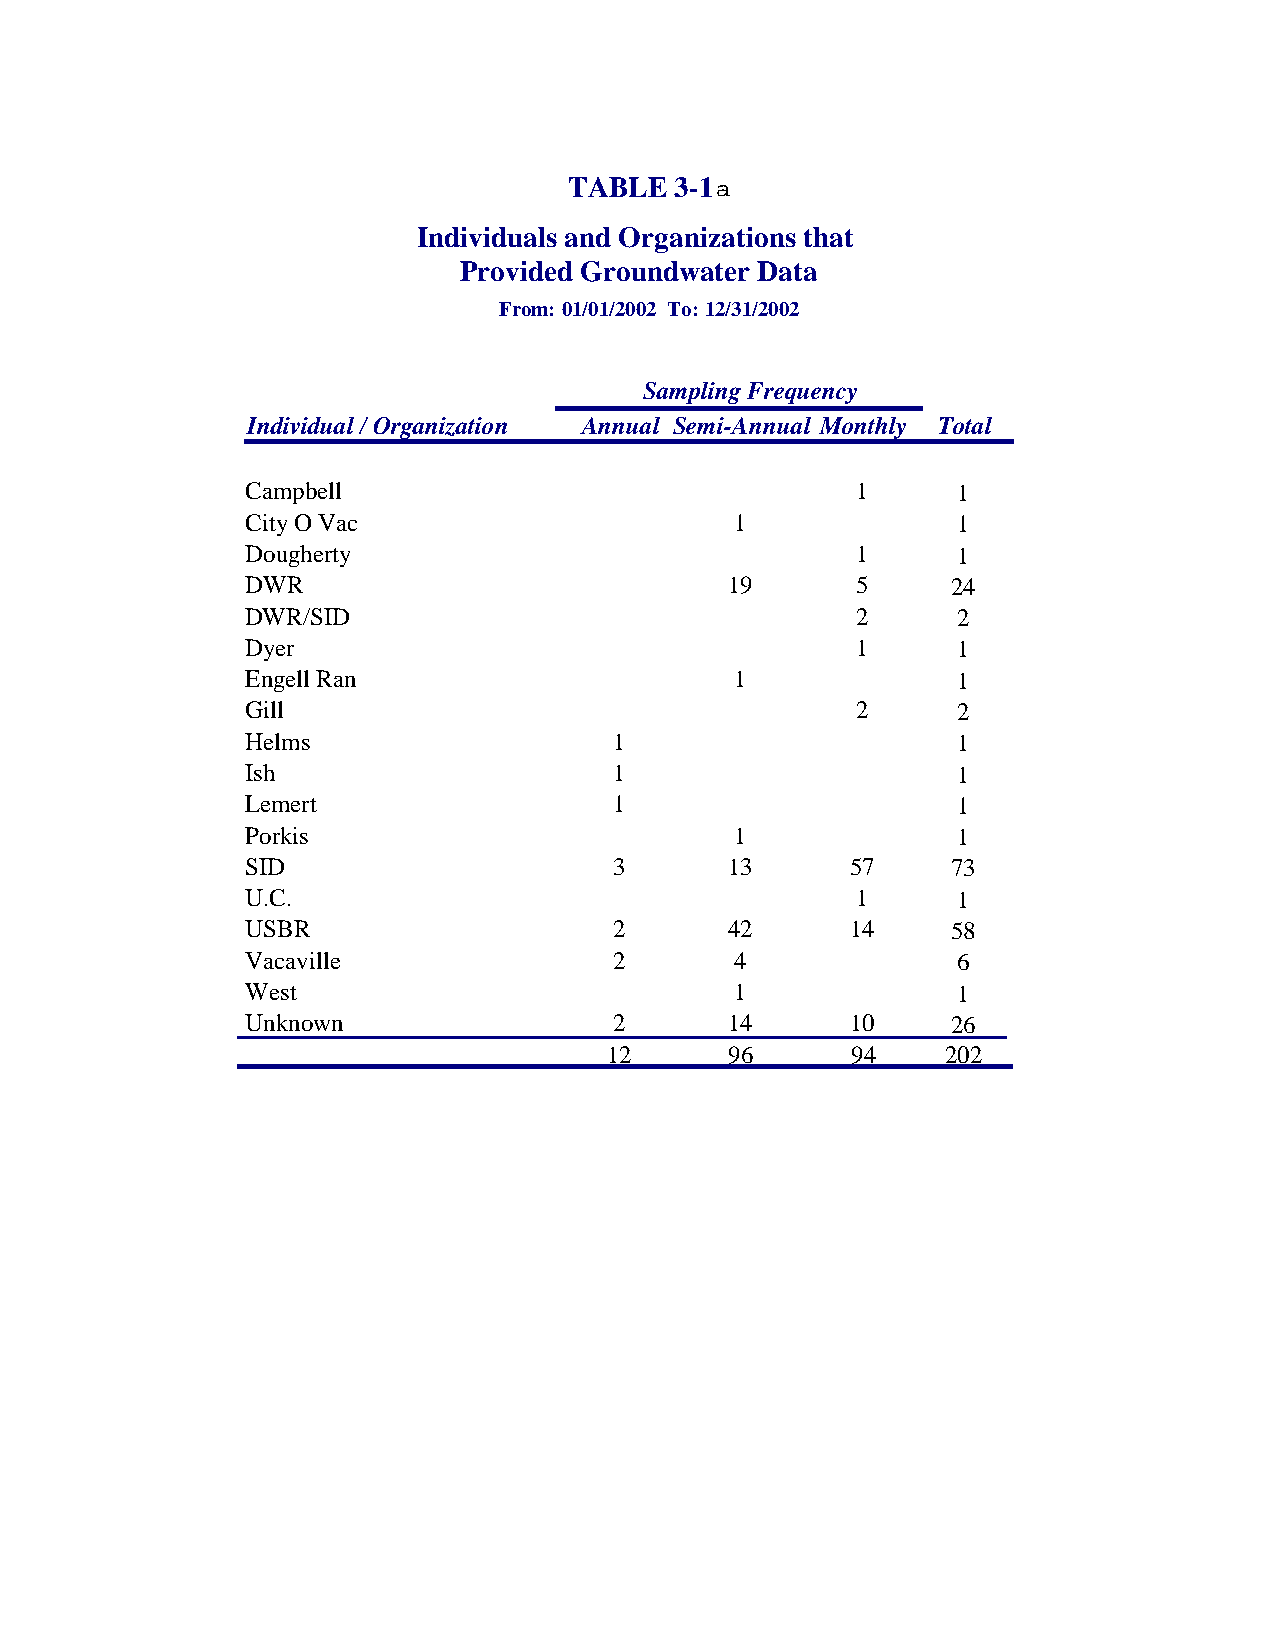
TABLE  3-1
 Individuals and Organizations that
 Provided Groundwater Data
 From: 01/01/2002 To: 12/31/2002
 Sampling Frequency
 Individual / Organization Annual Semi-Annual Monthly Total
 Campbell                                 1     1
 City O Vac                       1             1
 Dougherty                                1     1
 DWR                             19       5     24
 DWR/SID                                  2     2
 Dyer                                     1     1
 Engell Ran                       1             1
 Gill                                     2     2
 Helms                    1                     1
 Ish                      1                     1
 Lemert                   1                     1
 Porkis                           1             1
 SID                      3      13      57     73
 U.C.                                     1     1
 USBR                     2      42      14     58
 Vacaville                2       4             6
 West                             1             1
 Unknown                  2      14      10     26
 12      96      94     202